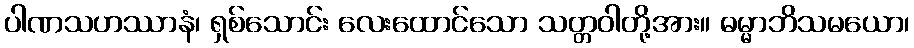
ပါဏသဟဿာနံ၊ ရှစ်သောင်း လေးထောင်သော သတ္တဝါတို့အား။ ဓမ္မာဘိသမယော၊